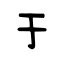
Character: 于